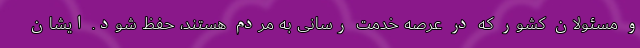
و مسئولان کشور که در عرصه خدمت رسانی به مردم هستند، حفظ شود. ایشان